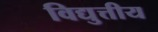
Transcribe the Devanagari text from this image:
विद्युत्तीय